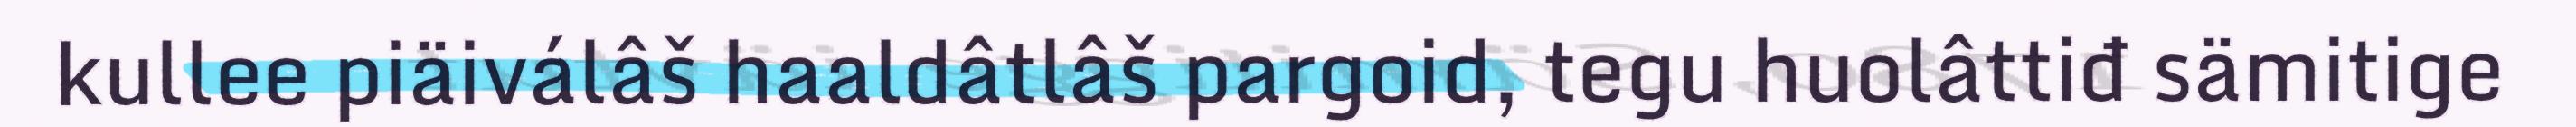
kullee piäiválâš haaldâtlâš pargoid, tegu huolâttiđ sämitige